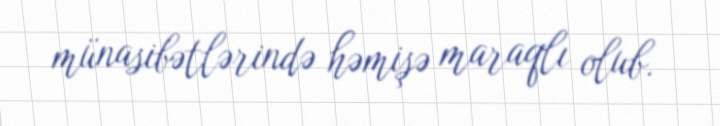
münasibətlərində həmişə maraqlı olub.